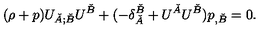
( \rho + p ) U _ { \check { A } ; \check { B } } U ^ { \check { B } } + ( - \delta _ { \check { A } } ^ { \check { B } } + U ^ { \check { A } } U ^ { \check { B } } ) p _ { , \check { B } } = 0 .